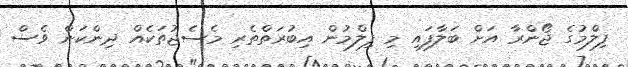
ފިލްމުގެ ޖޯންރާ އަށް ބަލާފައި މި ފިލްމުން އިބުރަތްތެރި މެސެޖުތަކެއް ދިންކަން ވެސް